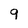
Character: 9